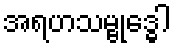
အရဟသမ္ဗုဒ္ဓေါ